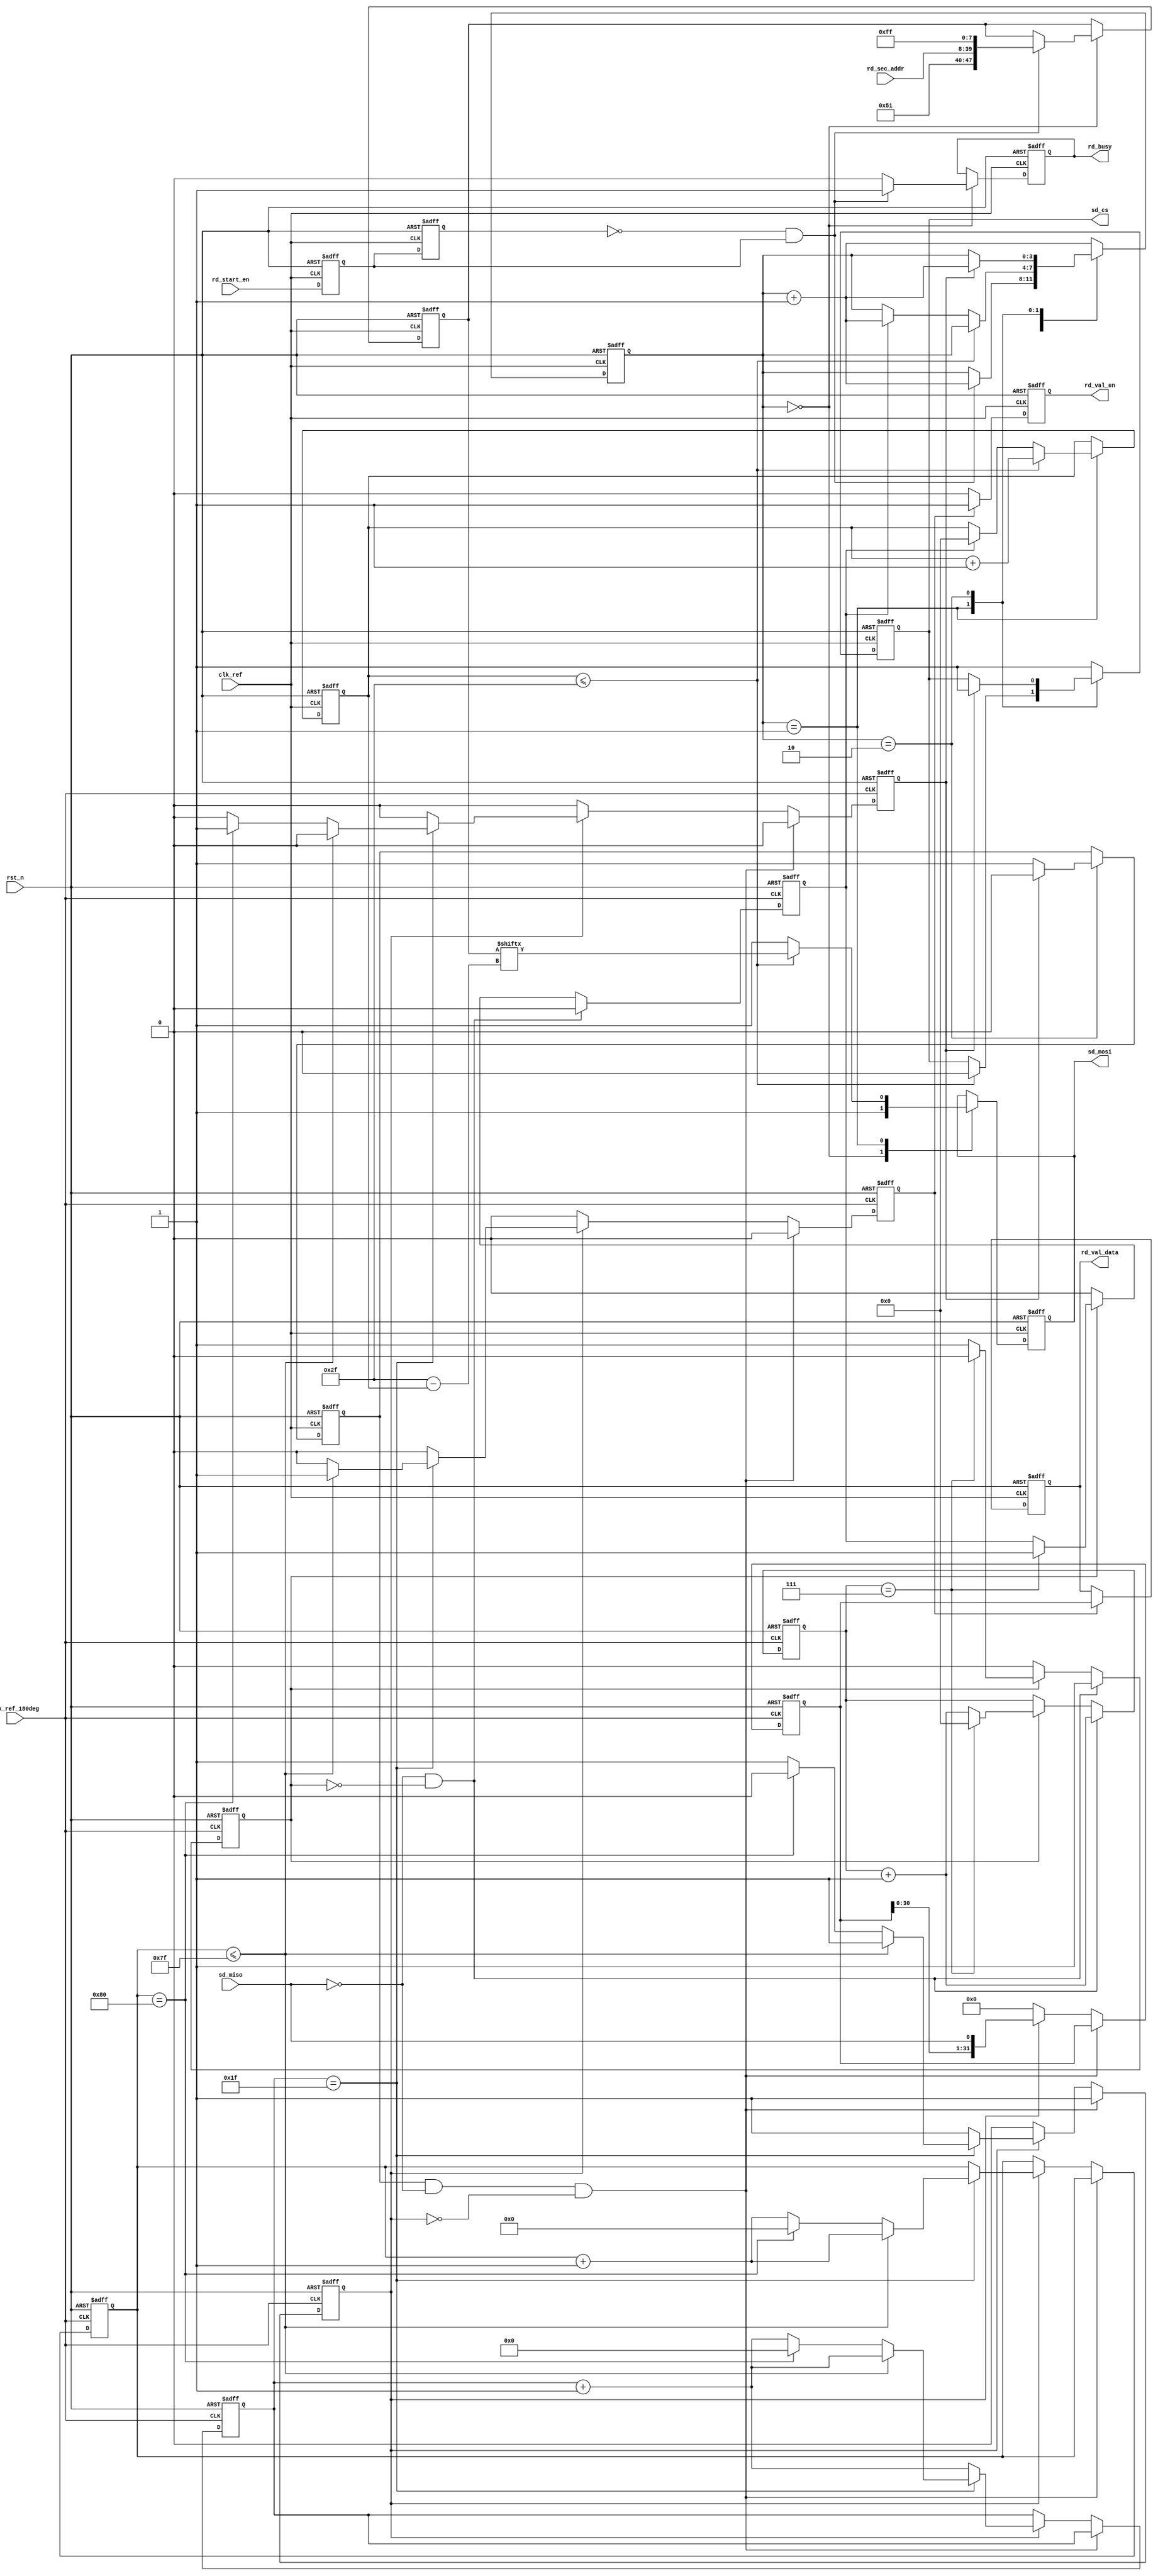
//****************************************Copyright (c)***********************************//
//www.openedv.com
//http://openedv.taobao.com 
//""FPGA & STM32
//
//Copyright(C)  2018-2028
//All rights reserved                               
//----------------------------------------------------------------------------------------
// File name:           sd_read
// Last modified Date:  2018/3/18 8:41:06
// Last Version:        V1.0
// Descriptions:        SD
//----------------------------------------------------------------------------------------
// Created by:          
// Created date:        2018/3/18 8:41:06
// Version:             V1.0
// Descriptions:        The original version
//
//----------------------------------------------------------------------------------------
//****************************************************************************************//

module sd_read #(parameter DW = 32)
(
    input                clk_ref       ,  //
    input                clk_ref_180deg,  //,clk_ref180
    input                rst_n         ,  //,
    //SD
    input                sd_miso       ,  //SDSPI
    output  reg          sd_cs         ,  //SDSPI
    output  reg          sd_mosi       ,  //SDSPI
    //    
    input                rd_start_en   ,  //SD
    input        [31:0]  rd_sec_addr   ,  //                        
    output  reg          rd_busy       ,  //
    output  reg          rd_val_en     ,  //
    output  reg  [DW-1:0]rd_val_data      //
    );

//reg define
reg            rd_en_d0      ;            //rd_start_en
reg            rd_en_d1      ;                                
reg            res_en        ;            //SD      
reg    [7:0]   res_data      ;            //SD                  
reg            res_flag      ;            //            
reg    [5:0]   res_bit_cnt   ;            //                  
                             
reg            rx_en_t       ;            //SD
reg    [DW-1:0]rx_data_t     ;            //SD
reg            rx_flag       ;            //
reg    [4:0]   rx_bit_cnt    ;            //
reg    [8:0]   rx_data_cnt   ;            //
reg            rx_finish_en  ;            //
                             
reg    [3:0]   rd_ctrl_cnt   ;            //
reg    [47:0]  cmd_rd        ;            //
reg    [5:0]   cmd_bit_cnt   ;            //
reg            rd_data_flag  ;            //

//wire define
wire           pos_rd_en     ;            //SD

//*****************************************************
//**                    main code
//*****************************************************

assign  pos_rd_en = (~rd_en_d1) & rd_en_d0;

//rd_start_en
always @(posedge clk_ref or negedge rst_n) begin
    if(!rst_n) begin
        rd_en_d0 <= 1'b0;
        rd_en_d1 <= 1'b0;
    end    
    else begin
        rd_en_d0 <= rd_start_en;
        rd_en_d1 <= rd_en_d0;
    end        
end  

//sd
//clk_ref_180deg(sd_clk)
always @(posedge clk_ref_180deg or negedge rst_n) begin
    if(!rst_n) begin
        res_en <= 1'b0;
        res_data <= 8'd0;
        res_flag <= 1'b0;
        res_bit_cnt <= 6'd0;
    end    
    else begin
        //sd_miso = 0 
        if(sd_miso == 1'b0 && res_flag == 1'b0) begin
            res_flag <= 1'b1;
            res_data <= {res_data[6:0],sd_miso};
            res_bit_cnt <= res_bit_cnt + 6'd1;
            res_en <= 1'b0;
        end    
        else if(res_flag) begin
            res_data <= {res_data[6:0],sd_miso};
            res_bit_cnt <= res_bit_cnt + 6'd1;
            if(res_bit_cnt == 6'd7) begin
                res_flag <= 1'b0;
                res_bit_cnt <= 6'd0;
                res_en <= 1'b1; 
            end                
        end  
        else
            res_en <= 1'b0;        
    end
end 

//SD
//clk_ref_180deg(sd_clk)
always @(posedge clk_ref_180deg or negedge rst_n) begin
    if(!rst_n) begin
        rx_en_t <= 1'b0;
        rx_data_t <= {DW{1'b0}};
        rx_flag <= 1'b0;
        rx_bit_cnt <= 5'd0;
        rx_data_cnt <= 9'd0;
        rx_finish_en <= 1'b0;
    end    
    else begin
        rx_en_t <= 1'b0; 
        rx_finish_en <= 1'b0;
        //0xfe 8'b1111_11100
        if(rd_data_flag && sd_miso == 1'b0 && rx_flag == 1'b0)    
            rx_flag <= 1'b1;   
        else if(rx_flag) begin
            rx_bit_cnt <= rx_bit_cnt + 5'd1;
            rx_data_t <= {rx_data_t[DW-2:0],sd_miso};  //{rx_data_t[14:0],sd_miso};
            //if(rx_bit_cnt == 4'd15) begin 
            if(rx_bit_cnt == 5'd31) begin
                rx_data_cnt <= rx_data_cnt + 9'd1;
                //BLOCK512 = 128 * 32bit  //= 256 * 16bit 
                //if(rx_data_cnt <= 9'd255)
                if(rx_data_cnt <= 9'd127)                         
                    rx_en_t <= 1'b1;  
                //else if(rx_data_cnt == 9'd257) begin   //CRC
                else if(rx_data_cnt == 9'd128) begin   //CRC
                    rx_flag <= 1'b0;
                    rx_finish_en <= 1'b1;              //
                    rx_data_cnt <= 9'd0;               
                    rx_bit_cnt <= 5'd0;
                end    
            end                
        end       
        else
            rx_data_t <= {DW{1'b0}};
    end    
end    

//
always @(posedge clk_ref or negedge rst_n) begin
    if(!rst_n) begin
        rd_val_en <= 1'b0;
        rd_val_data <= {DW{1'b0}};
    end
    else begin
        if(rx_en_t) begin
            rd_val_en <= 1'b1;
            rd_val_data <= rx_data_t;
        end    
        else
            rd_val_en <= 1'b0;
    end
end              

//
always @(posedge clk_ref or negedge rst_n) begin
    if(!rst_n) begin
        sd_cs <= 1'b1;
        sd_mosi <= 1'b1;        
        rd_ctrl_cnt <= 4'd0;
        cmd_rd <= 48'd0;
        cmd_bit_cnt <= 6'd0;
        rd_busy <= 1'b0;
        rd_data_flag <= 1'b0;
    end   
    else begin
        case(rd_ctrl_cnt)
            4'd0 : begin
                rd_busy <= 1'b0;
                sd_cs <= 1'b1;
                sd_mosi <= 1'b1;
                if(pos_rd_en) begin
                    cmd_rd <= {8'h51,rd_sec_addr,8'hff};    //CMD17
                    rd_ctrl_cnt <= rd_ctrl_cnt + 4'd1;      //1
                    //,
                    rd_busy <= 1'b1;                      
                end    
            end
            4'd1 : begin
                if(cmd_bit_cnt <= 6'd47) begin              //
                    cmd_bit_cnt <= cmd_bit_cnt + 6'd1;
                    sd_cs <= 1'b0;
                    sd_mosi <= cmd_rd[6'd47 - cmd_bit_cnt]; //
                end    
                else begin                                  
                    sd_mosi <= 1'b1;
                    if(res_en) begin                        //SD
                        rd_ctrl_cnt <= rd_ctrl_cnt + 4'd1;  //1 
                        cmd_bit_cnt <= 6'd0;
                    end    
                end    
            end    
            4'd2 : begin
                //rd_data_flag,
                rd_data_flag <= 1'b1;                       
                if(rx_finish_en) begin                      //
                    rd_ctrl_cnt <= rd_ctrl_cnt + 4'd1; 
                    rd_data_flag <= 1'b0;
                    sd_cs <= 1'b1;
                end
            end        
            default : begin
                //,,8
                sd_cs <= 1'b1;   
                rd_ctrl_cnt <= rd_ctrl_cnt + 4'd1;
            end    
        endcase
    end         
end

endmodule